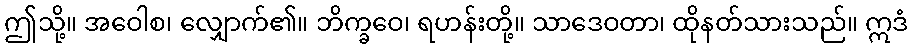
ဤသို့။ အဝေါစ၊ လျှောက်၏။ ဘိက္ခဝေ၊ ရဟန်းတို့။ သာဒေဝတာ၊ ထိုနတ်သားသည်။ ဣဒံ